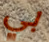
بي